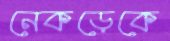
নেকড়েকে